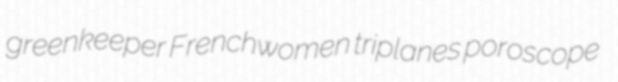
greenkeeper Frenchwomen triplanes poroscope